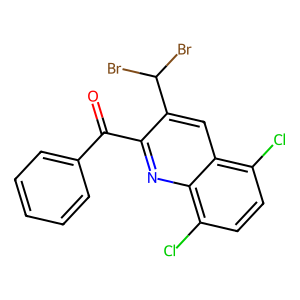
SMILES: O=C(c1ccccc1)c1nc2c(Cl)ccc(Cl)c2cc1C(Br)Br
Inhibits HIV replication: No